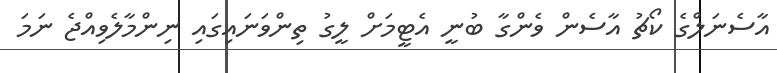
އާސެނަލްގެ ކޯޗު އާސެން ވެންގާ ބުނީ އެޓީމަށް ލީގު ތިންވަނައިގައި ނިންމާލެވިއްޖެ ނަމަ